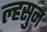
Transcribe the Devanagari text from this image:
ल्हसुन